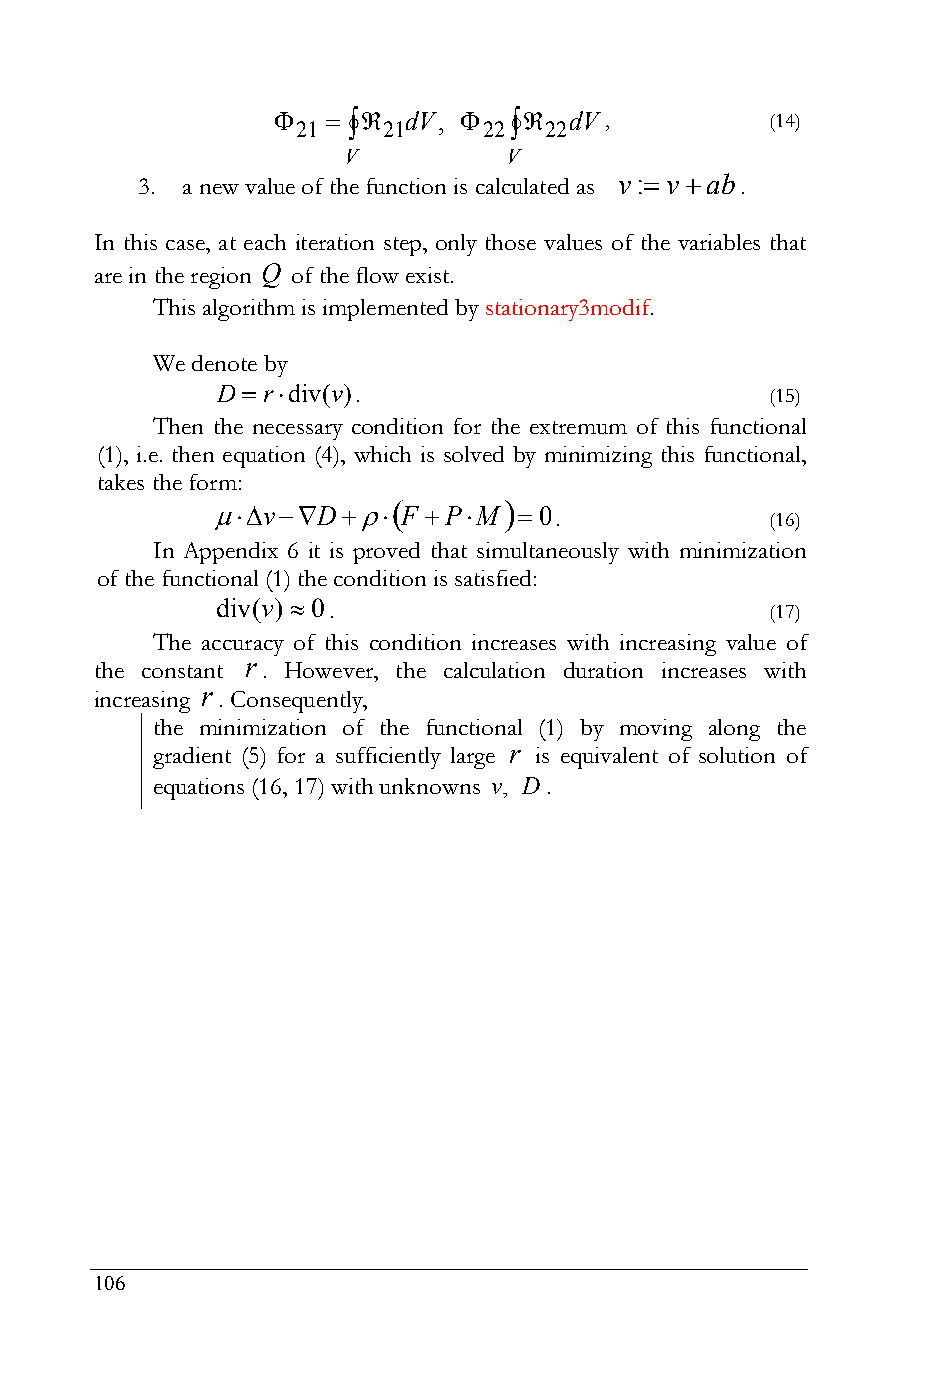
     dV,     dV ,         (14)
 21   21     22  22
 V          V
 3. a new value of the function is calculated as v: vab.
 In this case, at each iteration step, only those values of the variables that
 are in the region Q of the flow exist.
 This algorithm is implemented by stationary3modif.
 We denote by
 D rdiv(v).                         (15)
 Then the necessary condition for the extremum of this functional
 (1), i.e. then equation (4), which is solved by minimizing this functional,
 takes the form:
       
 vD   F PM  0
 .             (16)
 In Appendix 6 it is proved that simultaneously with minimization
 of the functional (1) the condition is satisfied:
 div(v) 0
 .                            (17)
 The accuracy of this condition increases with increasing value of
 r
 the constant . However, the calculation duration increases with
 r
 increasing . Consequently,
 the minimization of the functional (1) by moving along the
 gradient (5) for a sufficiently large r is equivalent of solution of
 equations (16, 17) with unknowns v, D.
 106